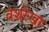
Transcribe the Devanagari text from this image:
वंशरेखा